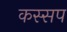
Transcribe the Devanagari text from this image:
कस्सप